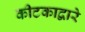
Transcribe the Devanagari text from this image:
कीटकाद्वारे